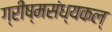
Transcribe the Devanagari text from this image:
ग्रीष्मसंध्यकल्